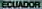
ECUADOR